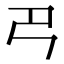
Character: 𢎟